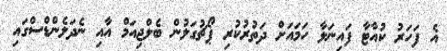
އެ ފަހަރު ކުއާޓާ ފައިނަލާ ހަމައަށް ދަތުރުކުރި ޕޯޗުގަލުން ބެލްޖިއަމް އާއި ނެދަލެންޑްސްގައި